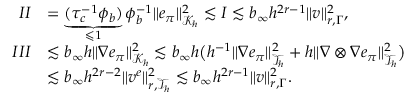
\begin{array} { r l } { I I } & { = \underbrace { ( \tau _ { c } ^ { - 1 } \phi _ { b } ) } _ { \leqslant 1 } \phi _ { b } ^ { - 1 } \| e _ { \pi } \| _ { \mathcal { K } _ { h } } ^ { 2 } \lesssim I \lesssim b _ { \infty } h ^ { 2 r - 1 } \| v \| _ { r , \Gamma } ^ { 2 } , } \\ { I I I } & { \lesssim b _ { \infty } h \| \nabla e _ { \pi } \| _ { \mathcal { K } _ { h } } ^ { 2 } \lesssim b _ { \infty } h \bigl ( h ^ { - 1 } \| \nabla e _ { \pi } \| _ { \mathcal { T } _ { h } } ^ { 2 } + h \| \nabla \otimes \nabla e _ { \pi } \| _ { \mathcal { T } _ { h } } ^ { 2 } \bigr ) } \\ & { \lesssim b _ { \infty } h ^ { 2 r - 2 } \| v ^ { e } \| _ { r , \mathcal { T } _ { h } } ^ { 2 } \lesssim b _ { \infty } h ^ { 2 r - 1 } \| v \| _ { r , \Gamma } ^ { 2 } . } \end{array}